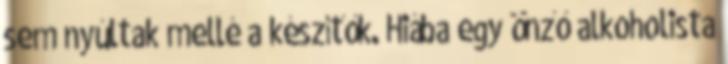
sem nyúltak mellé a készítők. Hiába egy önző alkoholista